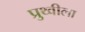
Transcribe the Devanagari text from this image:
प्रुथ्वीला